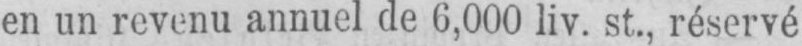
en un revenu annuel de 6,000 liv. st., réservé